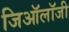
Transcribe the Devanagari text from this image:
जिऑलॉजी